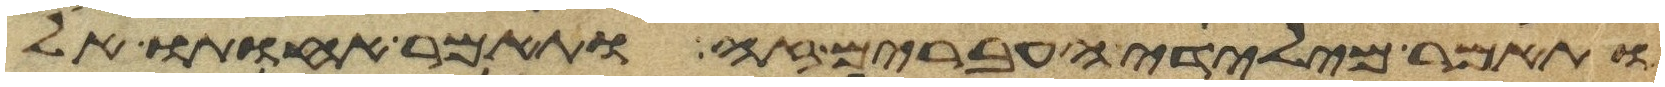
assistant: ותאמר מילדי העברים זה ותאמר אחותו אל